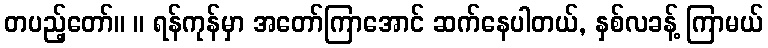
တပည့်တော်။ ။ ရန်ကုန်မှာ အတော်ကြာအောင် ဆက်နေပါတယ်, နှစ်လခန့် ကြာမယ်